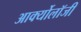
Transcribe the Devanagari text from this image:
आर्क्योलॉजी